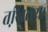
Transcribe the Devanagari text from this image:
तखि़लया